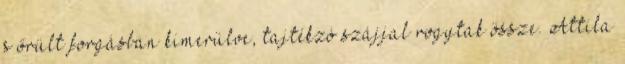
s őrült forgásban kimerülve, tajtékzó szájjal rogytak össze. Attila